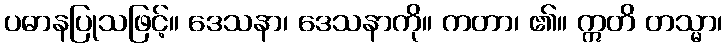
ပဓာနပြုသဖြင့်။ ဒေသနာ၊ ဒေသနာကို။ ကတာ၊ ၏။ ဣတိ တသ္မာ၊